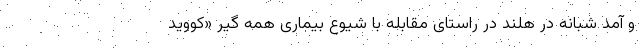
و آمد شبانه در هلند در راستای مقابله با شیوع بیماری همه گیر «کووید